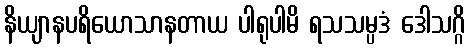
နိယျာနပရိယောသာနတာယ ပါရုပါမိ ရသသမ္ပဒံ ဒေါသဂ္ဂိ